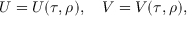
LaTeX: U = U ( \tau , \rho ) , \quad V = V ( \tau , \rho ) ,